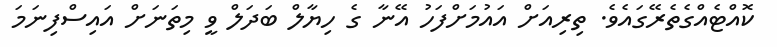
ކޮއްޓެއްގެތެރޭގައެވެ. ތިރިއަށް އައުމަށްފަހު އޭނާ ގެ ހިޔާލް ބަދަލް ވީ މިތަނަށް އައިސްފިނަމަ